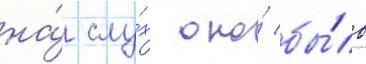
на́ слу́х оно́ бы́ло